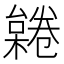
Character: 𣜨